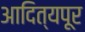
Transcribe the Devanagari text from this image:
आदित्यपूर